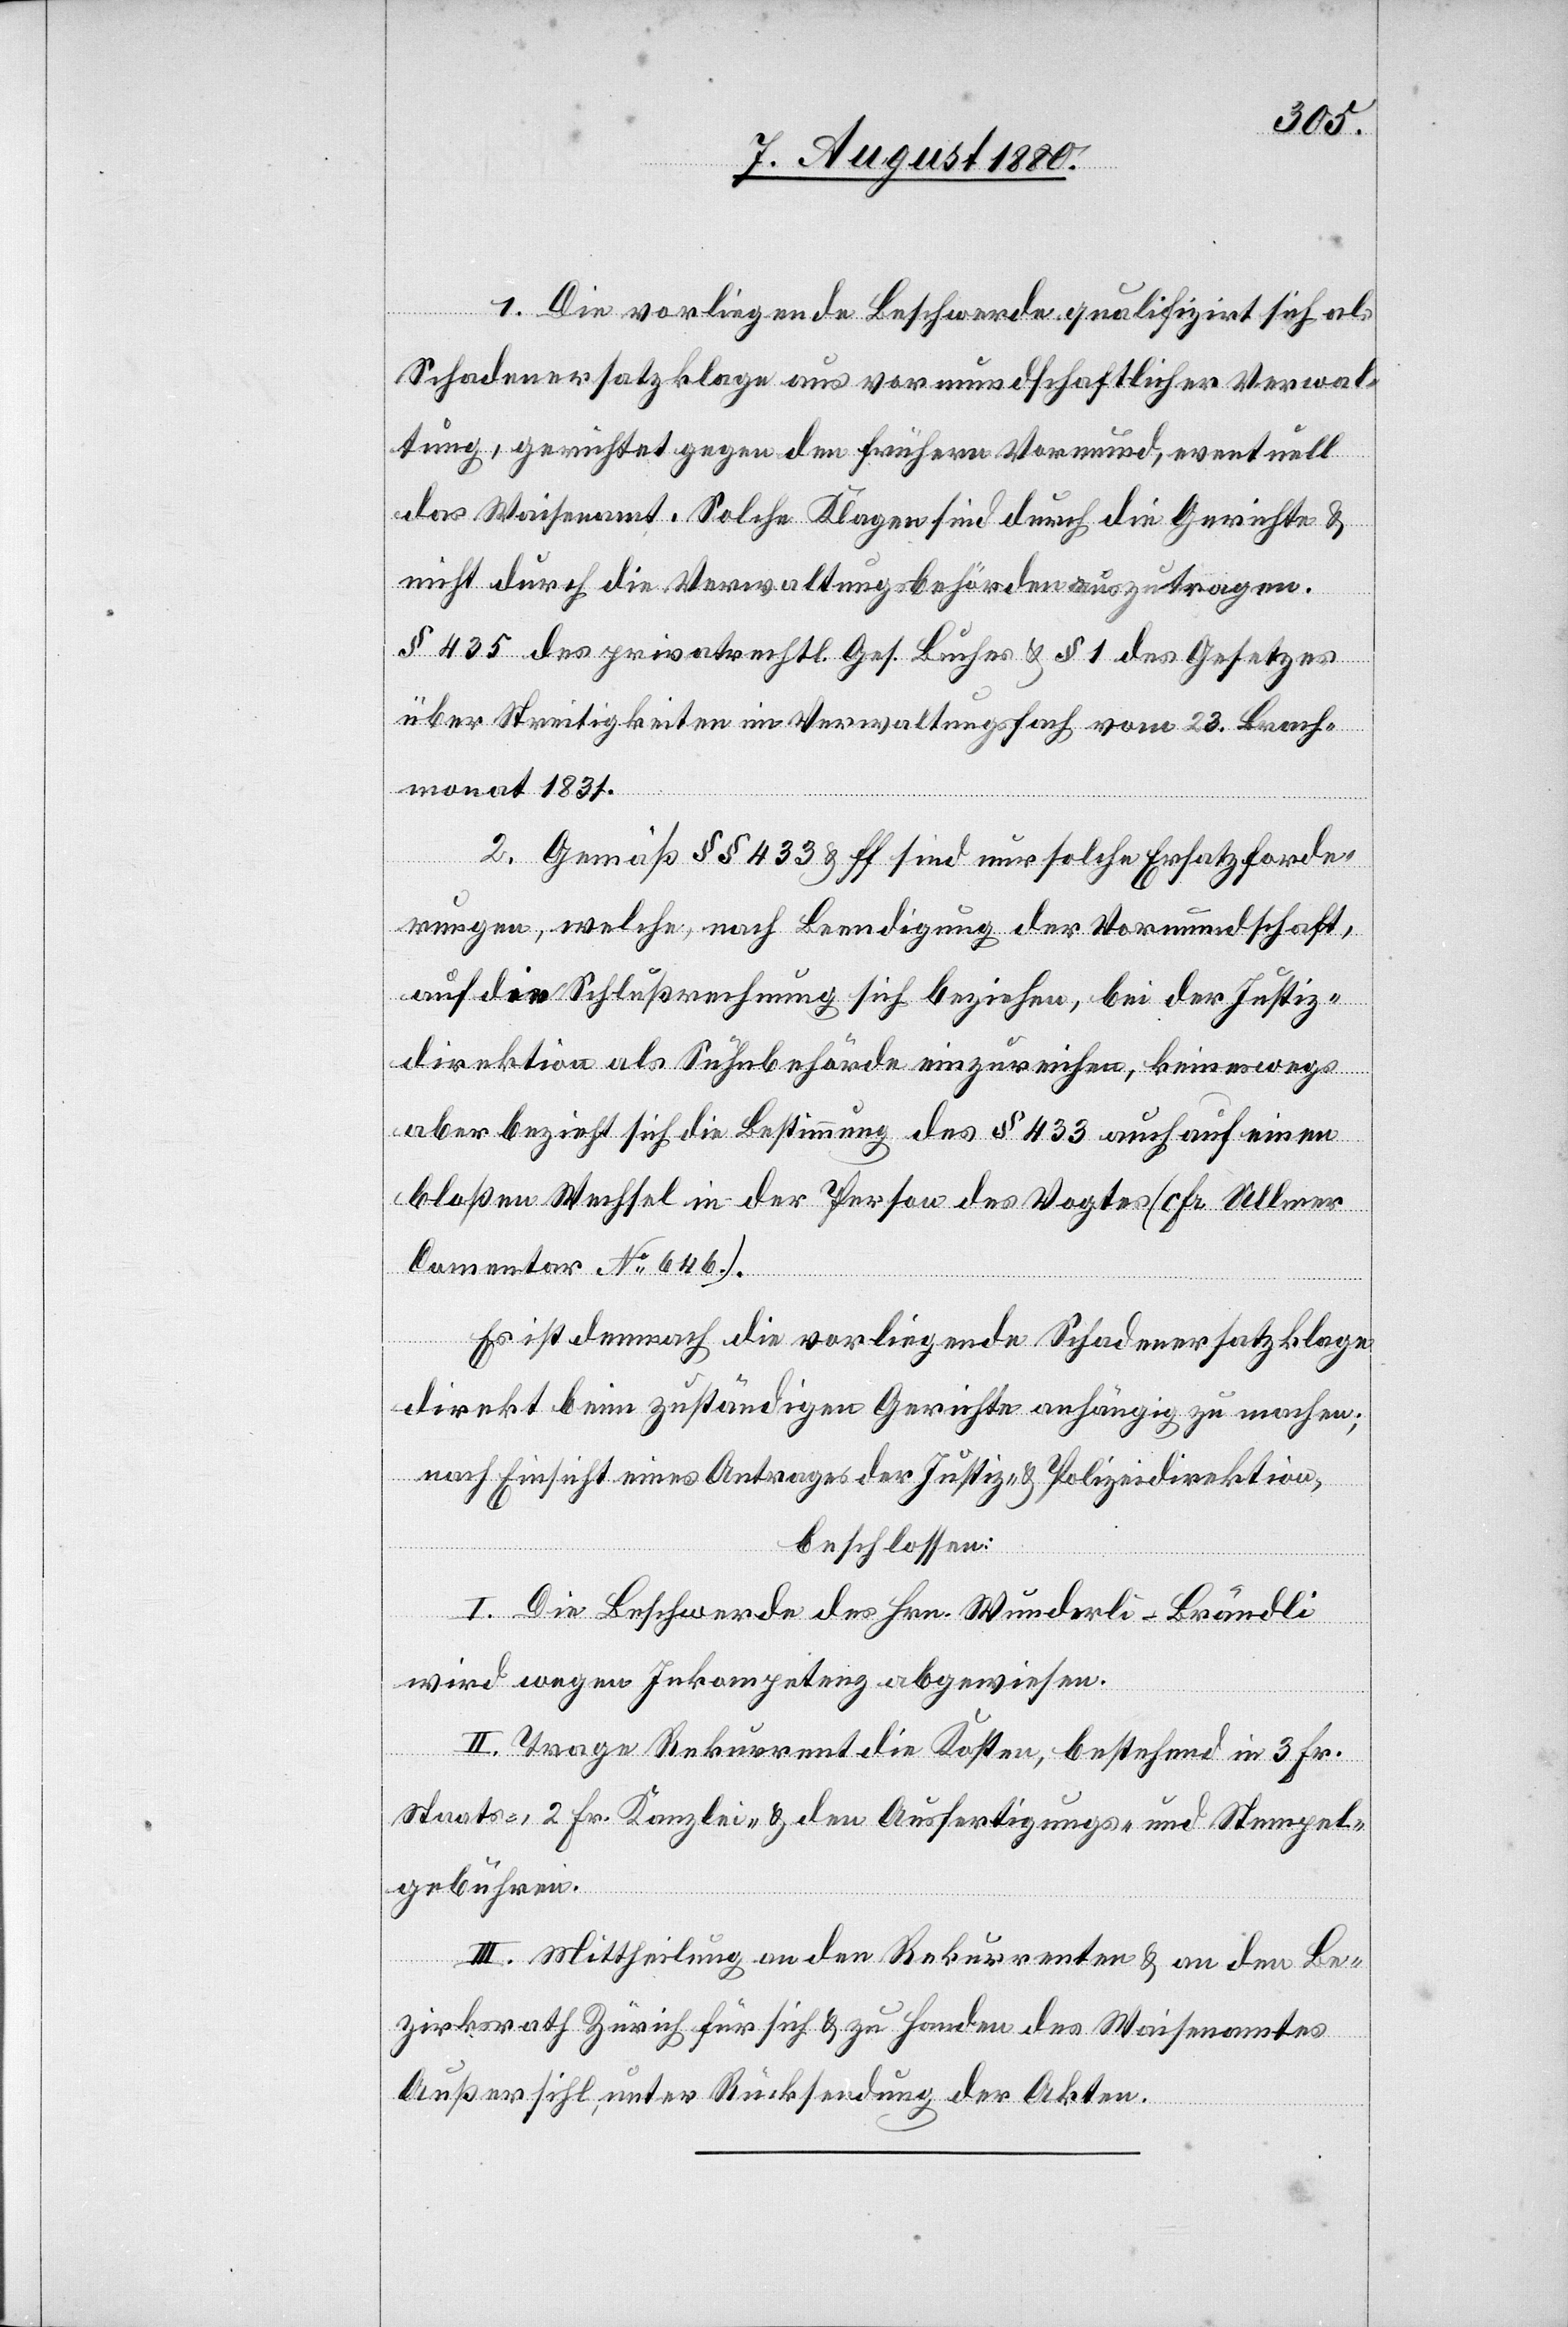
1. Die vorliegende Beschwerde qualifizirt sich als
Schadenersatzklage aus vormundschaftlicher Verwal¬
tung, gerichtet gegen den frühern Vormund, eventuell
das Waisenamt. Solche Klagen sind durch die Gerichte &
nicht durch die Verwaltungsbehörden auszutragen.
§ 435 des privatrechtl. Ges. Buches & § 1 des Gesetzes
über Streitigkeiten im Verwaltungsfach vom 23. Brach¬
monat 1831.
2. Gemäß §§ 433 & ff sind nur solche Ersatzforde¬
rungen, welche nach Beendigung der Vormundschaft,
auf die Schlußrechnung sich beziehen, bei der Justiz¬
direktion als Sühnbehörde einzureichen, keineswegs
aber bezieht sich die Bestimmung des § 433 auch auf einen
bloßen Wechsel in der Person des Vogtes (cfr Allmer
Commentar No 646.).
Es ist demnach die vorliegende Schadenersatzklage
direkt beim zuständigen Gerichte anhängig zu machen;
nach Einsicht eines Antrages der Justiz- & Polizeidirektion,
beschlossen:
I. Die Beschwerde des Hrn. Wunderli-Brändli
wird wegen Inkompetenz abgewiesen.
II. Trage Rekurrent die Kosten, bestehend in 3 Fr.
Staats-, 2 Fr. Kanzlei- & den Ausfertigungs- und Stempel¬
gebühren.
III. Mittheilung an den Rekurrenten & an den Be¬
zirksrath Zürich für sich & zu Handen des Waisenamtes
Außersihl, unter Rücksendung der Akten.